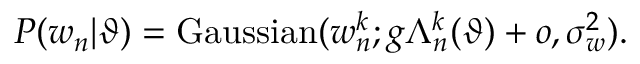
P ( w _ { n } | \vartheta ) = \mathrm { G a u s s i a n } ( w _ { n } ^ { k } ; g \Lambda _ { n } ^ { k } ( \vartheta ) + o , \sigma _ { w } ^ { 2 } ) .